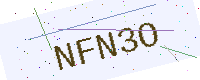
Text: NFN3O